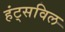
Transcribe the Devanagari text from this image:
हंट्सविल